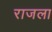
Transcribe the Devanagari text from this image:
राजला